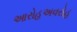
આરોહઅવરોહ